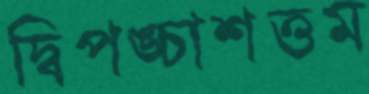
দ্বিপঙ্চাশত্তম